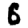
Digit: 6